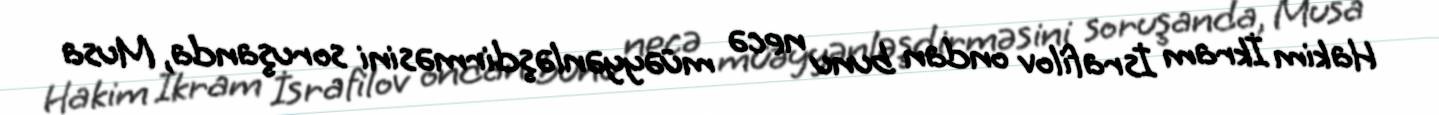
Hakim İkram İsrafilov ondan bunu necə müəyyənləşdirməsini soruşanda, Musa